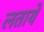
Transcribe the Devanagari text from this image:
लतायें